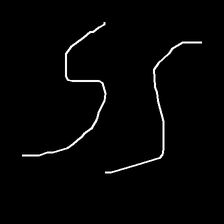
Glyph: float